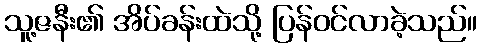
သူ့ဇနီး၏ အိပ်ခန်းထဲသို့ ပြန်ဝင်လာခဲ့သည်။